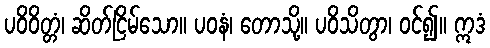
ပဝိဝိတ္တံ၊ ဆိတ်ငြိမ်သော။ ပဝနံ၊ တောသို့။ ပဝိသိတွာ၊ ဝင်၍။ ဣဒံ